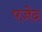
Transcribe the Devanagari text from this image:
पज़ेद